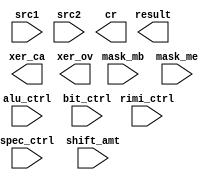
// defines are gen'd by scala - must change here if they change in a2p
// could translate them to bit controls and give to this macro that way

`define AluCtrlEnum_defaultEncoding_type [1:0]
`define AluCtrlEnum_defaultEncoding_ADD 2'b00
`define AluCtrlEnum_defaultEncoding_BIT_1 2'b01
`define AluCtrlEnum_defaultEncoding_RIMI 2'b10
`define AluCtrlEnum_defaultEncoding_SPEC 2'b11

`define AluRimiCtrlEnum_defaultEncoding_type [2:0]
`define AluRimiCtrlEnum_defaultEncoding_ROT 3'b000
`define AluRimiCtrlEnum_defaultEncoding_INS 3'b001
`define AluRimiCtrlEnum_defaultEncoding_SHIFTL 3'b010
`define AluRimiCtrlEnum_defaultEncoding_SHIFTR 3'b011
`define AluRimiCtrlEnum_defaultEncoding_SHIFTRA 3'b100

`define AluSpecCtrlEnum_defaultEncoding_type [2:0]
`define AluSpecCtrlEnum_defaultEncoding_CNTLZW 3'b000
`define AluSpecCtrlEnum_defaultEncoding_CNTTZW 3'b001
`define AluSpecCtrlEnum_defaultEncoding_POPCNTB 3'b010
`define AluSpecCtrlEnum_defaultEncoding_POPCNTW 3'b011
`define AluSpecCtrlEnum_defaultEncoding_CMPB 3'b100
`define AluSpecCtrlEnum_defaultEncoding_PRTYW 3'b101

`define AluBitwiseCtrlEnum_defaultEncoding_type [3:0]
`define AluBitwiseCtrlEnum_defaultEncoding_AND_1 4'b0000
`define AluBitwiseCtrlEnum_defaultEncoding_ANDC 4'b0001
`define AluBitwiseCtrlEnum_defaultEncoding_OR_1 4'b0010
`define AluBitwiseCtrlEnum_defaultEncoding_ORC 4'b0011
`define AluBitwiseCtrlEnum_defaultEncoding_XOR_1 4'b0100
`define AluBitwiseCtrlEnum_defaultEncoding_XORC 4'b0101
`define AluBitwiseCtrlEnum_defaultEncoding_EQV 4'b0110
`define AluBitwiseCtrlEnum_defaultEncoding_NAND_1 4'b0111
`define AluBitwiseCtrlEnum_defaultEncoding_NOR_1 4'b1000
`define AluBitwiseCtrlEnum_defaultEncoding_EXTSB 4'b1001
`define AluBitwiseCtrlEnum_defaultEncoding_EXTSH 4'b1010

module ALUL (
  input      [31:0]   src1,
  input      [31:0]   src2,
  input      `AluCtrlEnum_defaultEncoding_type alu_ctrl,
  input      `AluBitwiseCtrlEnum_defaultEncoding_type bit_ctrl,
  input      `AluRimiCtrlEnum_defaultEncoding_type rimi_ctrl,
  input      `AluSpecCtrlEnum_defaultEncoding_type spec_ctrl,
  input      [4:0]    shift_amt,
  input      [4:0]    mask_mb,
  input      [4:0]    mask_me,
  output     [31:0]   result,
  output     [2:0]    cr,
  output              xer_ca,
  output              xer_ov
);

endmodule